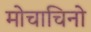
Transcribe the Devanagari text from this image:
मोचाचिनो